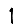
Digit: 1